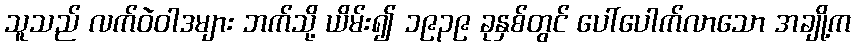
သူသည် လက်ဝဲဝါဒများ ဘက်သို့ ယိမ်း၍ ၁၉၃၉ ခုနှစ်တွင် ပေါ်ပေါက်လာသော အချို့က